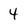
Character: 4